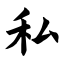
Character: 私